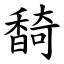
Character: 䭲